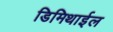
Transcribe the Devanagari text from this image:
डिमिथाईल